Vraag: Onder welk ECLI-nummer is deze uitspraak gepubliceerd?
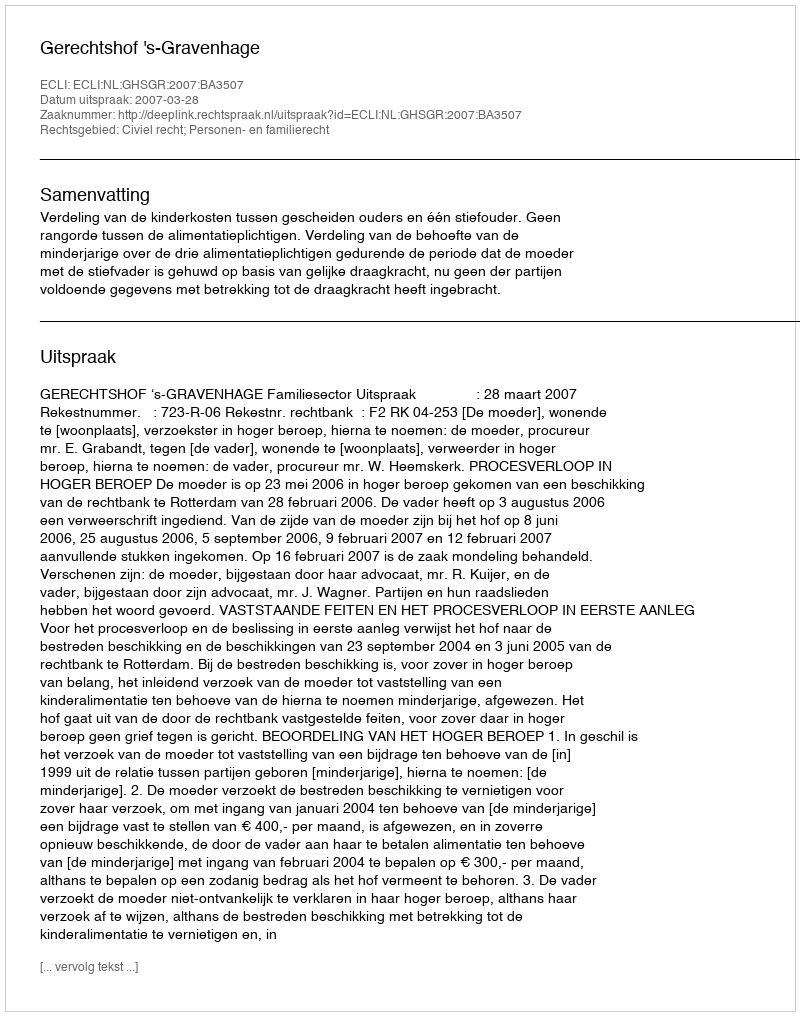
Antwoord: ECLI:NL:GHSGR:2007:BA3507